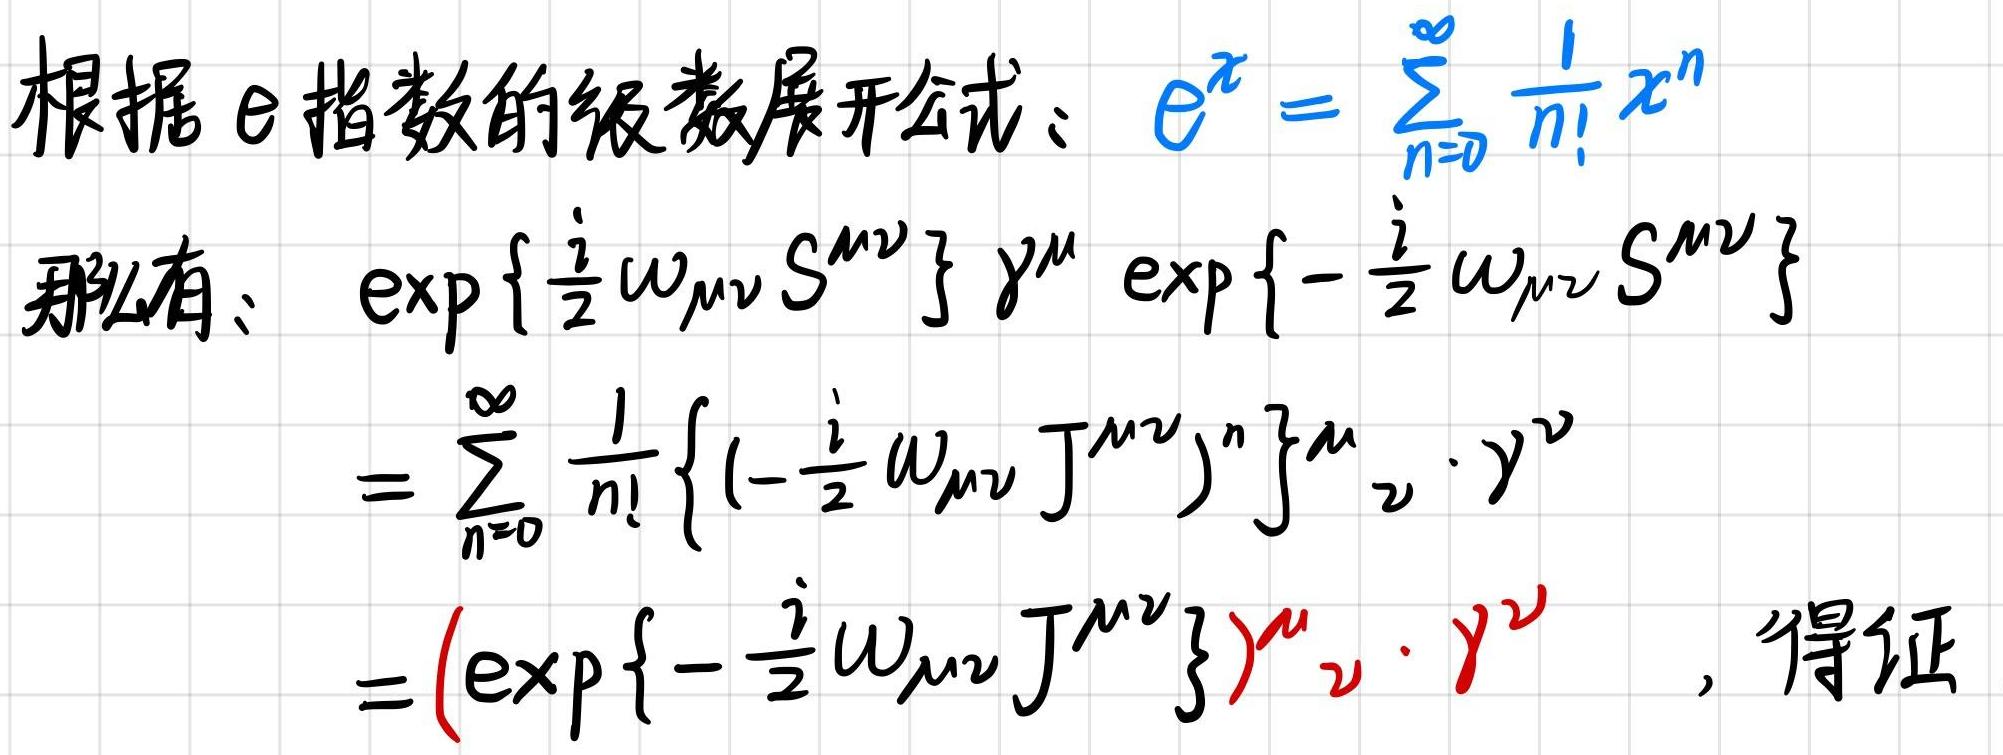
根据 $\mathrm{e}$ 指数的级数展开公式：$\mathrm{e}^{x}=\sum_{n = 0}^{\infty}\frac{1}{n!}x^{n}$

那么有：
\[
\begin{align*}
&\exp\left\{\frac{\mathrm{i}}{2}\omega_{\mu\nu}S^{\mu\nu}\right\}\gamma^{\mu}\exp\left\{-\frac{\mathrm{i}}{2}\omega_{\mu\nu}S^{\mu\nu}\right\}\\
=&\sum_{n = 0}^{\infty}\frac{1}{n!}\left\{\left(-\frac{\mathrm{i}}{2}\omega_{\mu\nu}J^{\mu\nu}\right)^{n}\right\}\gamma^{\mu}\cdot\gamma^{\nu}\\
=&\left(\exp\left\{-\frac{\mathrm{i}}{2}\omega_{\mu\nu}J^{\mu\nu}\right\}\right)\gamma^{\mu}\cdot\gamma^{\nu}\quad,\text{得证}
\end{align*}
\]